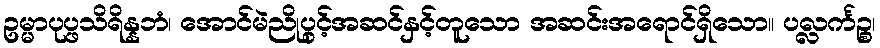
ဥမ္မာပုပ္ဖသိရိန္နဘံ၊ အောင်မဲညိုပွင့်အဆင်နှင့်တူသော အဆင်းအရောင်ရှိသော။ ပလ္လင်္ကဉ္စ၊